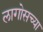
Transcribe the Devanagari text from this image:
लागोसच्या